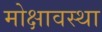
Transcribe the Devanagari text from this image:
मोक्षावस्था